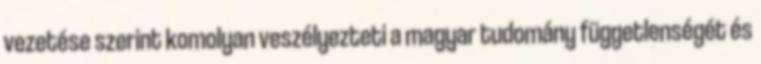
vezetése szerint komolyan veszélyezteti a magyar tudomány függetlenségét és